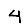
Digit: 4